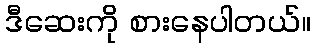
ဒီဆေးကို စားနေပါတယ်။